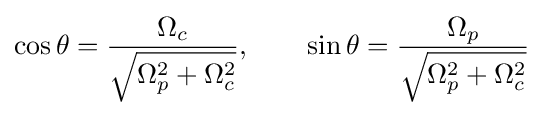
\cos \theta ={\frac {\Omega _{c}}{\sqrt {\Omega _{p}^{2}+\Omega _{c}^{2}}}},\qquad \sin \theta ={\frac {\Omega _{p}}{\sqrt {\Omega _{p}^{2}+\Omega _{c}^{2}}}}